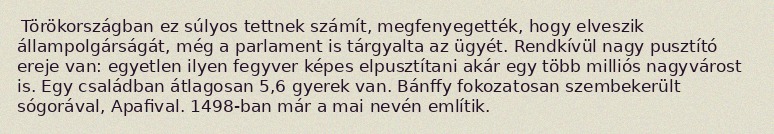
Törökországban ez súlyos tettnek számít, megfenyegették, hogy elveszik állampolgárságát, még a parlament is tárgyalta az ügyét. Rendkívül nagy pusztító ereje van: egyetlen ilyen fegyver képes elpusztítani akár egy több milliós nagyvárost is. Egy családban átlagosan 5,6 gyerek van. Bánffy fokozatosan szembekerült sógorával, Apafival. 1498-ban már a mai nevén említik.